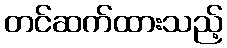
တင်ဆက်ထားသည့်